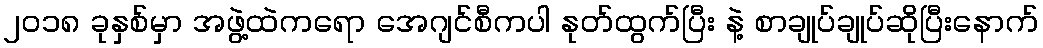
၂၀၁၈ ခုနှစ်မှာ အဖွဲ့ထဲကရော အေဂျင်စီကပါ နုတ်ထွက်ပြီး နဲ့ စာချုပ်ချုပ်ဆိုပြီးနောက်